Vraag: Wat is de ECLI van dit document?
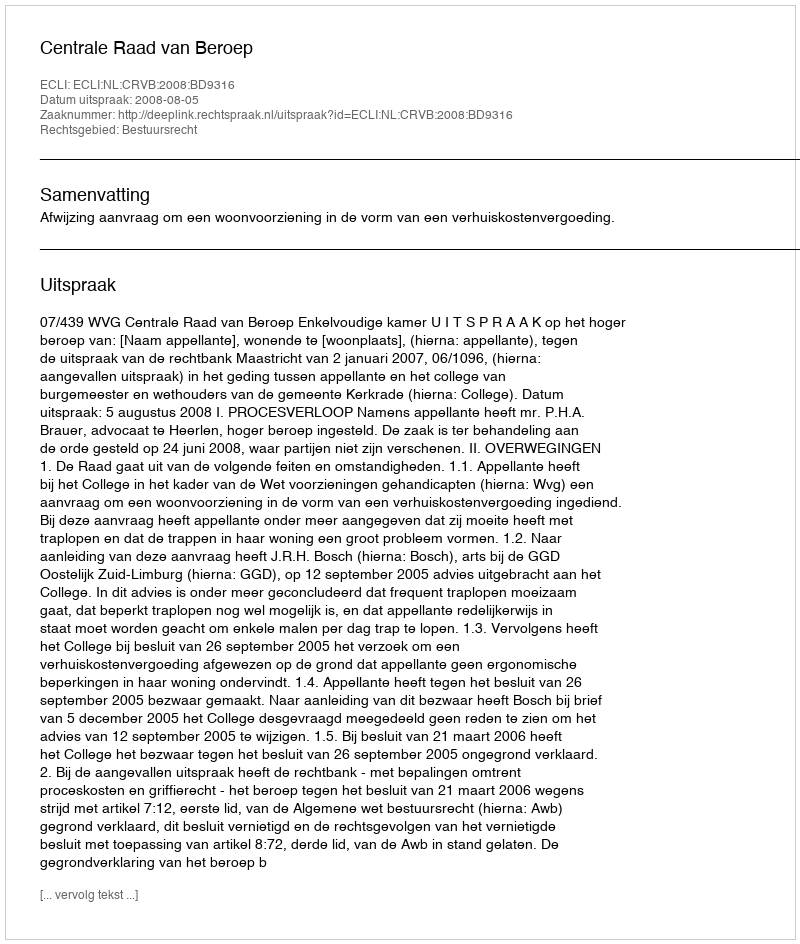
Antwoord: ECLI:NL:CRVB:2008:BD9316